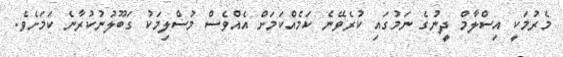
މެރުމަކީ އިސްލާމް ދީނުގެ ނަމުގައި ކުރެވޭނެ ކަމެއްކަމަށް އެއްވެސް މުސްލިމަކު ގަބޫލުނުކުރާނެ ކަަމަށެވެ.